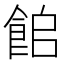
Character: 𩛍